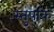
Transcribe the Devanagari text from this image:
स्तुपाके